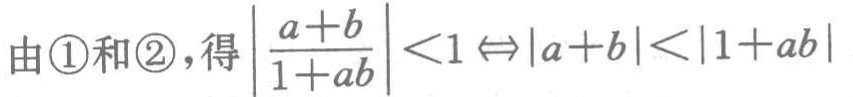
由\textcircled{1}和\textcircled{2}，得$\left|\frac{a + b}{1 + ab}\right| < 1 \Leftrightarrow |a + b| < |1 + ab|$